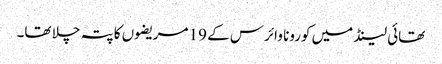
تھائی لینڈ میں کورونا وائرس کے 19 مریضوں کا پتہ چلا تھا۔